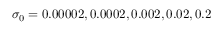
\sigma _ { 0 } = 0 . 0 0 0 0 2 , 0 . 0 0 0 2 , 0 . 0 0 2 , 0 . 0 2 , 0 . 2